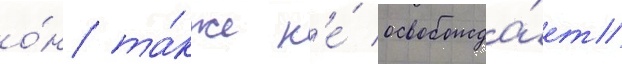
о́н та́кже н'е́ освобожда́ет